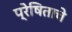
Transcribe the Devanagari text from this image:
प्रेषिताचे